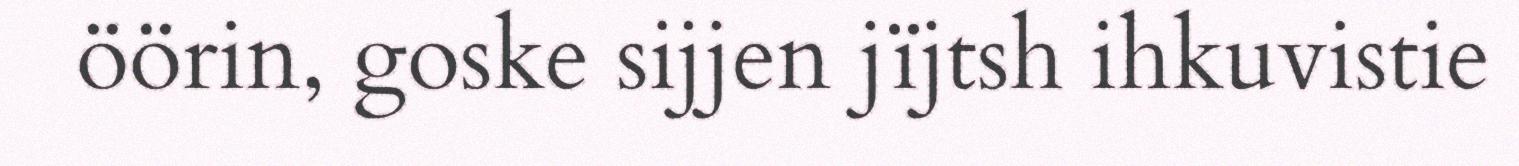
öörin, goske sijjen jïjtsh ihkuvistie